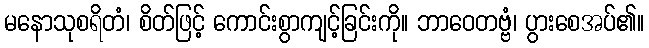
မနောသုစရိတံ၊ စိတ်ဖြင့် ကောင်းစွာကျင့်ခြင်းကို။ ဘာဝေတဗ္ဗံ၊ ပွားစေအပ်၏။